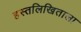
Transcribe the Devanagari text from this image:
हस्तलिखिताला